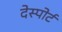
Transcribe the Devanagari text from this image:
देस्पोर्ट